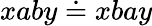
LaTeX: xaby\doteq xbay